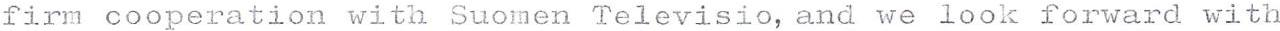
firm cooperation with Suomen Televisio, and we look forward with